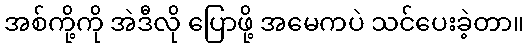
အစ်ကို့ကို အဲဒီလို ပြောဖို့ အမေကပဲ သင်ပေးခဲ့တာ။